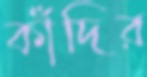
কাঁদির